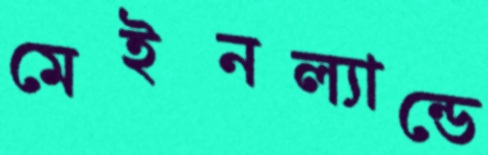
মেইনল্যান্ডে